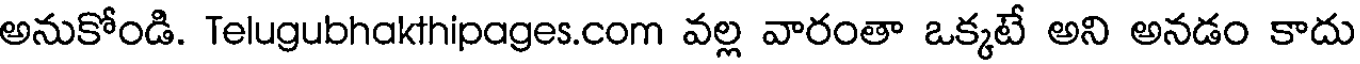
అనుకోండి. Telugubhakthipages.com వల్ల వారంతా ఒక్కటే అని అనడం కాదు